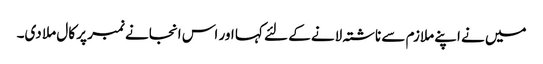
میں نے اپنے ملازم سے ناشتہ لانے کے لئے کہا اور اس انجانے نمبر پر کال ملا دی۔